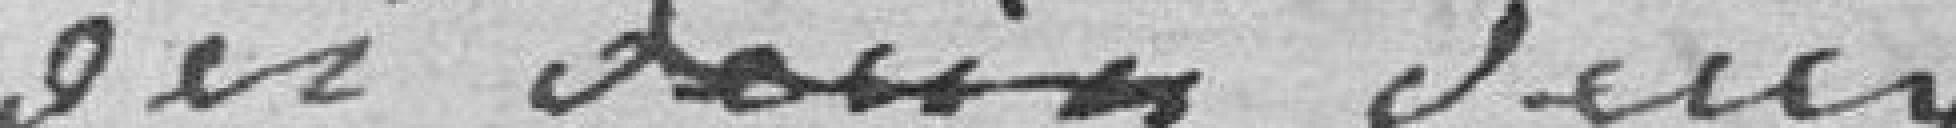
en deux